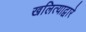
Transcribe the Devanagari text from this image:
खलित्याद्वारे